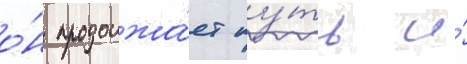
о́н продолжа́ет пу́ть и́